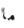
ما